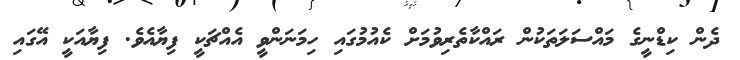
ދެން ކިޑްނީގެ މައްސަލަތަކުން ރައްކާތެރިވުމަށް ކެއުމުގައި ހިމަނަންވީ އެއްޗަކީ ފިޔާއެވެ. ފިޔާއަކީ އޭގައި